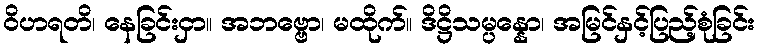
ဝိဟရတိ၊ နေခြင်းငှာ။ အဘဗ္ဗော၊ မထိုက်။ ဒိဋ္ဌိသမ္ပန္နော၊ အမြင်နှင့်ပြည့်စုံခြင်း